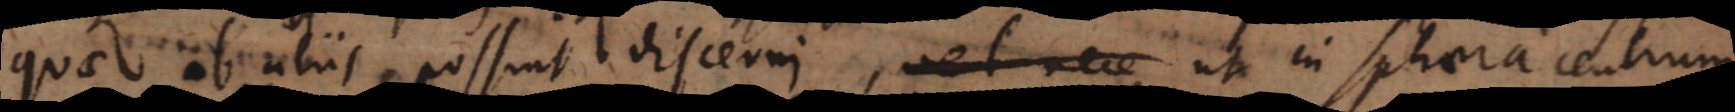
quae ab aliis possunt discerni, vel nece ut in sphaera centrum,